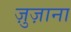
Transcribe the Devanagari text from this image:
ज़ुज़ाना